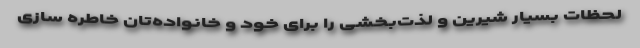
لحظات بسیار شیرین و لذت‌بخشی را برای خود و خانواده‌تان خاطره سازی